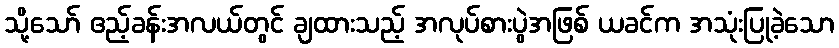
သို့သော် ဧည့်ခန်းအလယ်တွင် ချထားသည့် အလုပ်စားပွဲအဖြစ် ယခင်က အသုံးပြုခဲ့သော